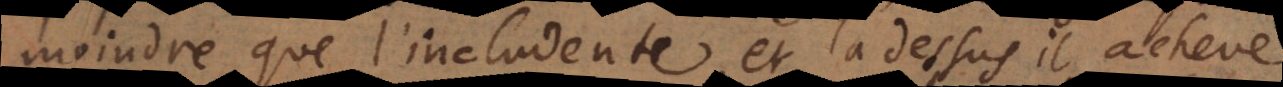
moindre que l’includente, et là dessus il acheve